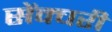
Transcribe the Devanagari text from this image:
सेंक्चरी